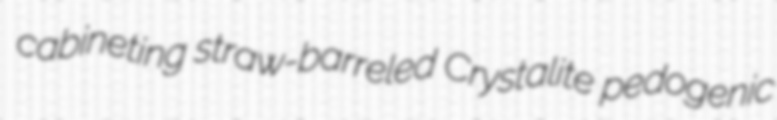
cabineting straw-barreled Crystalite pedogenic